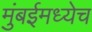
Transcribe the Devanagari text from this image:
मुंबईमध्येच